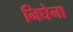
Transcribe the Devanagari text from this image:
निघेना